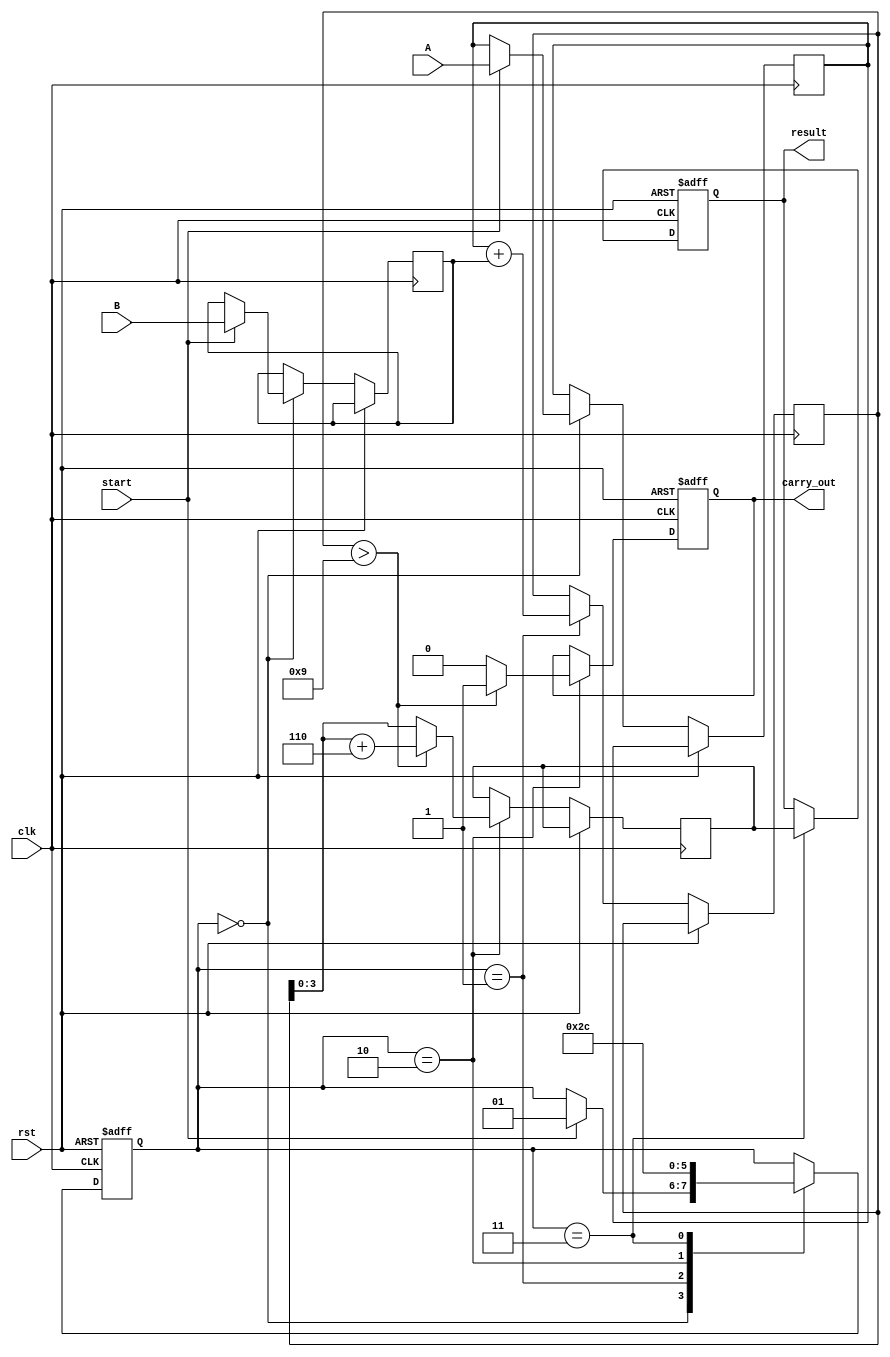
module BCD_Pipelined_Adder (
    input wire clk,            // Clock signal
    input wire rst,            // Reset signal
    input wire start,          // Start signal for addition
    input wire [3:0] A,       // First BCD input
    input wire [3:0] B,       // Second BCD input
    output reg [3:0] result,   // BCD result output
    output reg carry_out       // Carry out signal
);

// Internal signals
reg [4:0] sum;               // 5-bit sum to accommodate carry
reg [3:0] corrected_sum;     // Corrected BCD sum
reg [1:0] state;             // State for pipelining
reg [3:0] A_reg, B_reg;      // Registers for inputs

// State encoding
localparam IDLE = 2'b00,
           ADD = 2'b01,
           CORRECT = 2'b10,
           OUTPUT = 2'b11;

// Sequential logic for pipelining
always @(posedge clk or posedge rst) begin
    if (rst) begin
        state <= IDLE;
        result <= 4'b0000;
        carry_out <= 1'b0;
    end else begin
        case (state)
            IDLE: begin
                if (start) begin
                    // Latch inputs
                    A_reg <= A;
                    B_reg <= B;
                    state <= ADD;
                end
            end
            ADD: begin
                // Perform binary addition
                sum <= A_reg + B_reg;
                state <= CORRECT;
            end
            CORRECT: begin
                // BCD correction logic
                if (sum > 9) begin
                    corrected_sum <= sum[3:0] + 4'b0110; // Add 6 to correct
                    carry_out <= 1'b1; // Set carry out
                end else begin
                    corrected_sum <= sum[3:0]; // No correction needed
                    carry_out <= 1'b0; // No carry out
                end
                state <= OUTPUT;
            end
            OUTPUT: begin
                // Output the result
                result <= corrected_sum;
                state <= IDLE; // Go back to IDLE
            end
        endcase
    end
end

endmodule